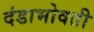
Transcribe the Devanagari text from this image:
दंडाभोवती